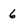
Character: 6